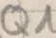
Text: Q1